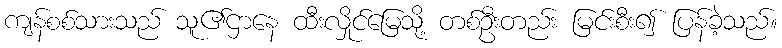
ကျန်စစ်သားသည် သူ၏ဌာနေ ထီးလှိုင်မြေသို့ တစ်ဦးတည်း မြင်းစီး၍ ပြန်ခဲ့သည်။